Scottish Certificate of Education, 1963
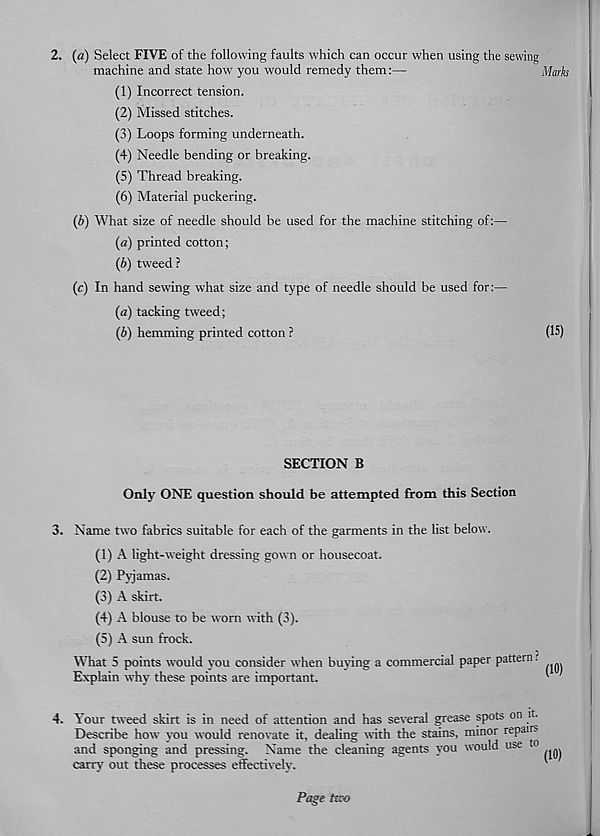
2. (a) Select FIVE of the following faults which can occur when using the sewing
machine and state how you would remedy them:—
Marks
(1) Incorrect tension.
(2) Missed stitches.
(3) Loops forming underneath.
(4) Needle bending or breaking.
(5) Thread breaking.
(6) Material puckering.
(h) What size of needle should be used for the machine stitching of:—
(«) printed cotton;
(b) tweed ?
(r) In hand sewing what size and type of needle should be used for:—
(a) tacking tweed;
(b) hemming printed cotton ?
(15)
SECTION B
Only ONE question should be attempted from this Section
3. Name two fabrics suitable for each of die garments in the list below.
(1) A light-weight dressing gown or housecoat.
(2) Pyjamas.
(3) A skirt.
(4) A blouse to be worn with (3).
(5) A sun frock.
What 5 points would you consider when buying a commercial paper pattern?
Explain why these points are important.
'
4. Your tweed skirt is in need of attention and has several grease spots on it.
Describe how you would renovate it, dealing with the stains, minor repairs
and sponging and pressing. Name the cleaning agents you would use to
carry out these processes effectively.
'